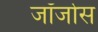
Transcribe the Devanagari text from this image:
जॉर्जोस